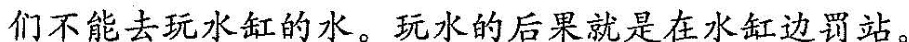
们不能去玩水缸的水。玩水的后果就是在水缸边罚站。